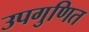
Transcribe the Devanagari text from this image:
उपगुणित